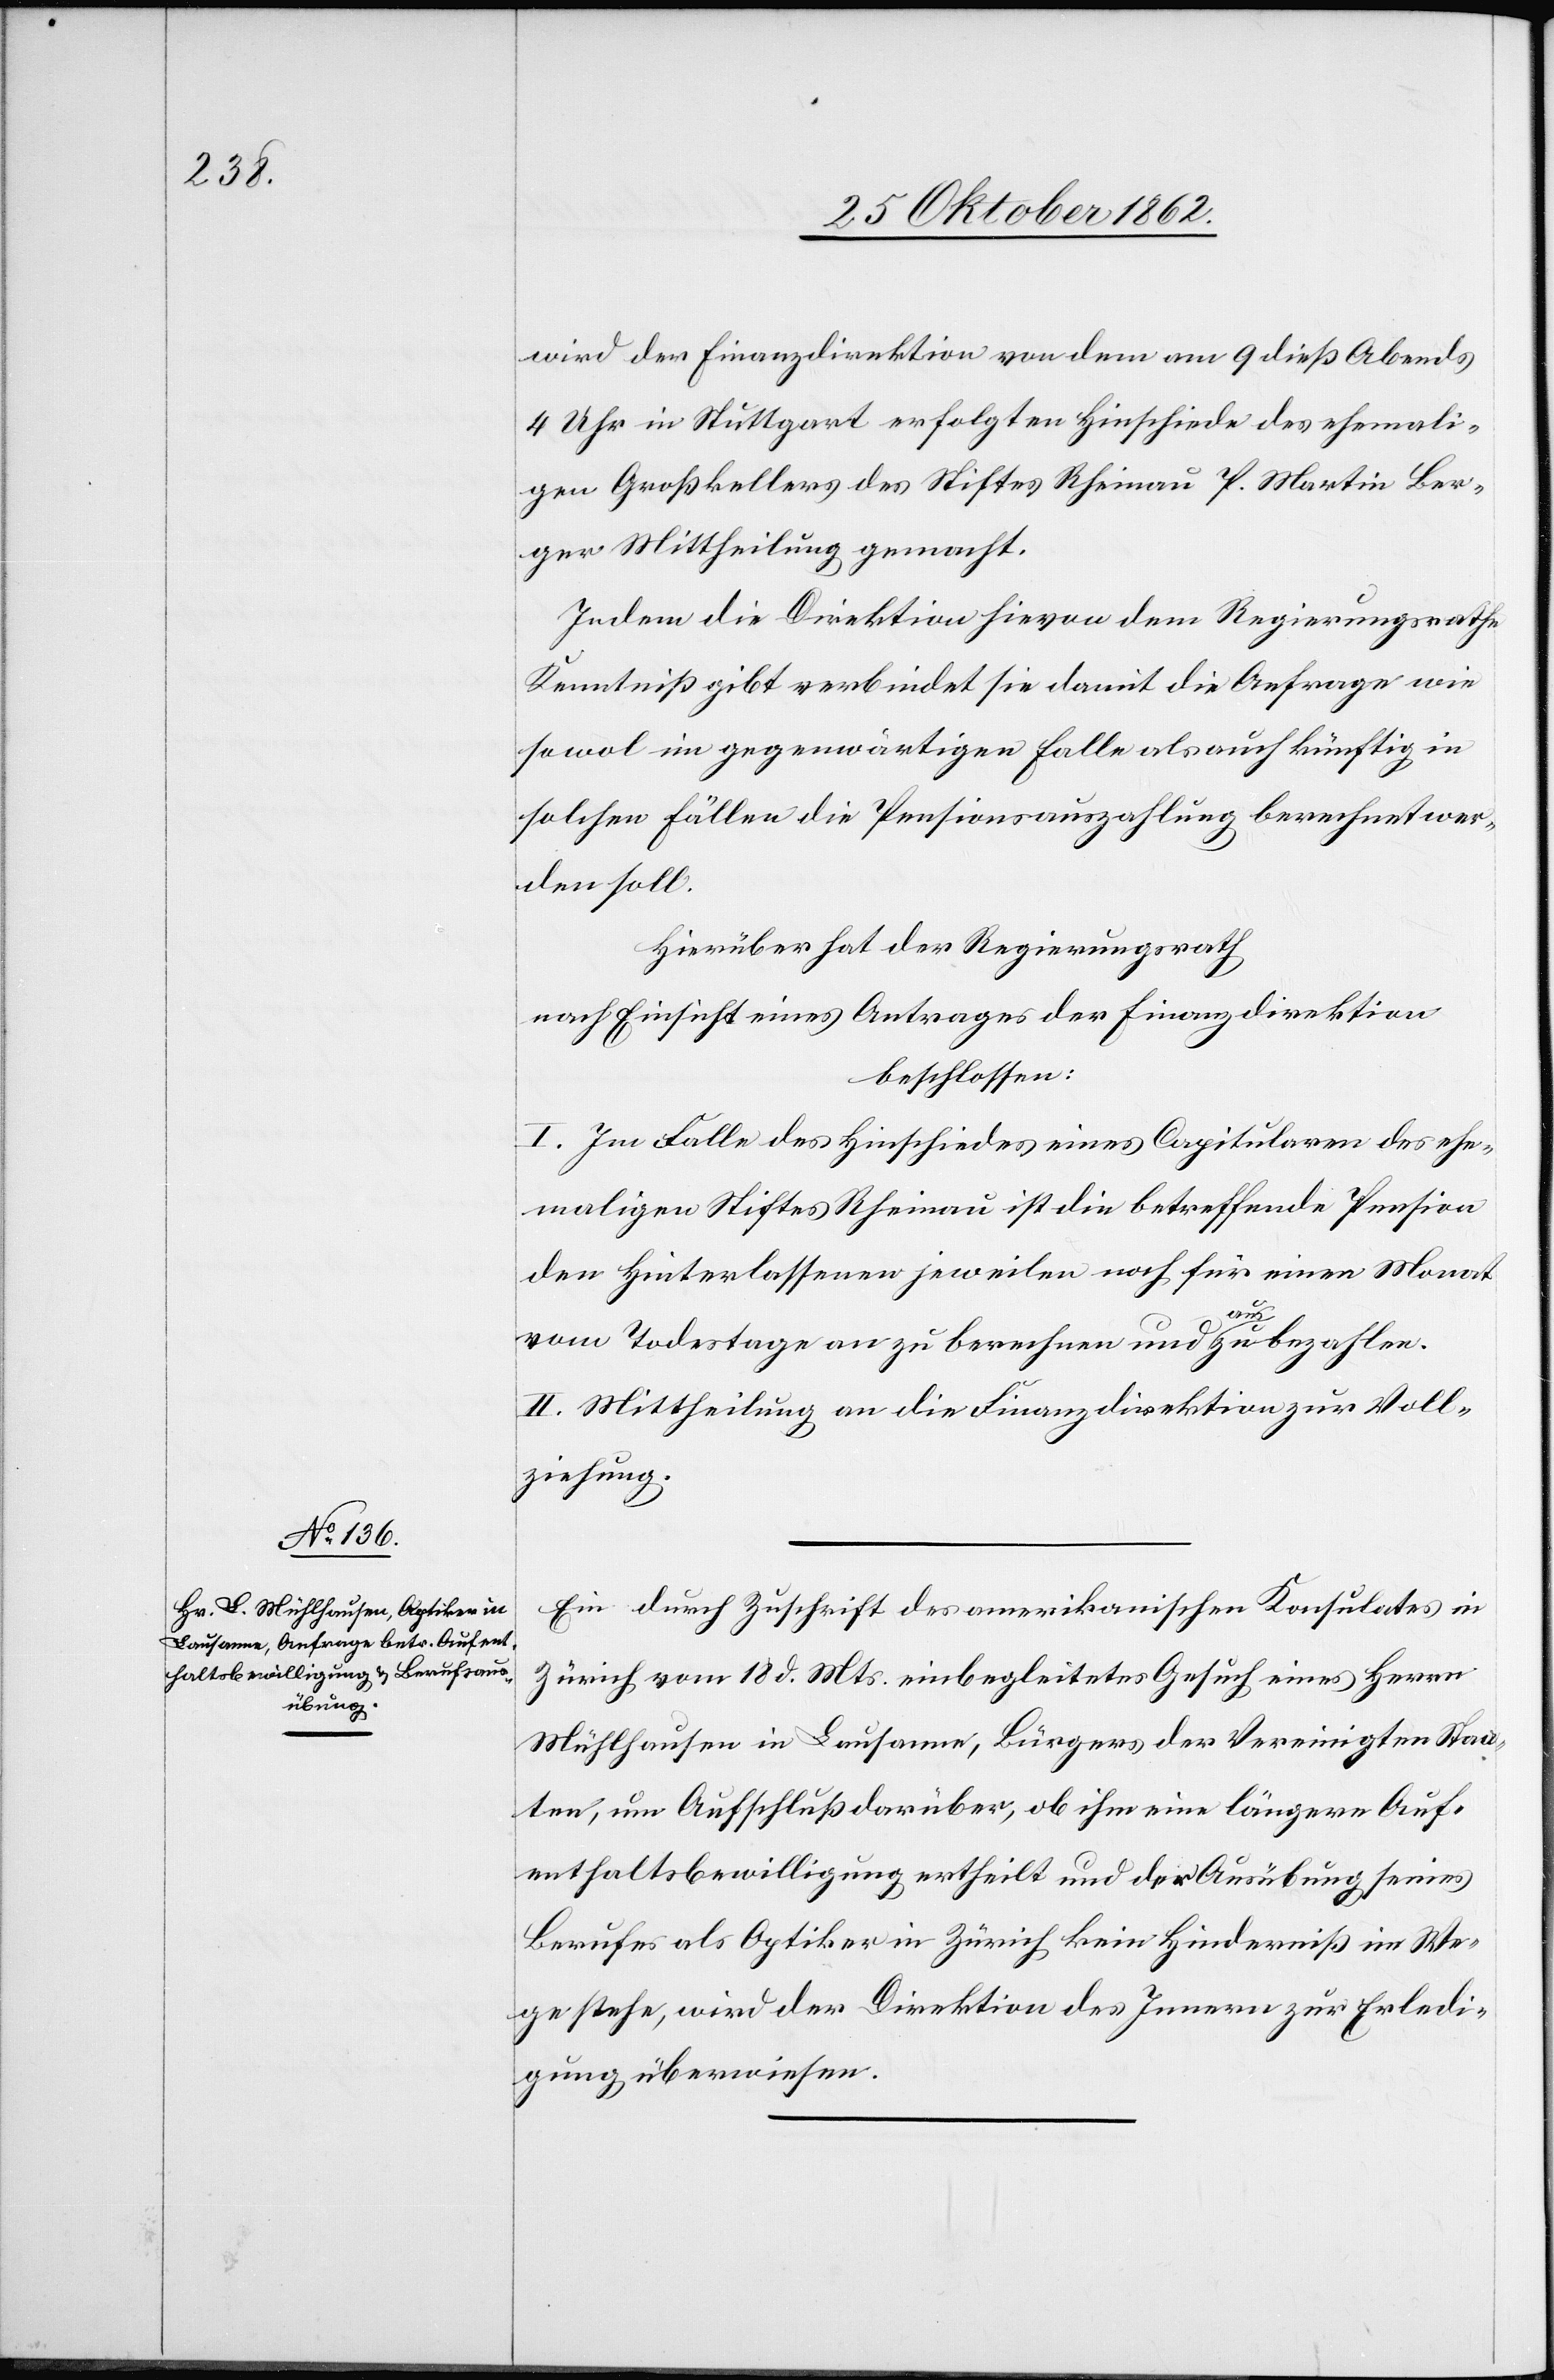
wird der Finanzdirektion von dem am 9 dieß Abends
4 Uhr in Stuttgart erfolgten Hinschiede des ehemali¬
gen Großkellers des Stiftes Rheinau P. Martin Ber¬
ger Mittheilung gemacht.
Indem die Direktion hievon dem Regierungsrathe
Kenntniß gibt verbindet sie damit die Anfrage wie
sowol im gegenwärtigen Falle als auch künftig in
solchen Fällen die Pensionsauszahlung berechnet wer¬
den soll.
Hierüber hat der Regierungsrath
nach Einsicht eines Antrages der Finanzdirektion
beschlossen:
I. Im Falle des Hinschiedes eines Capitularen des ehe¬
maligen Stiftes Rheinau ist die betreffende Pension
den Hinterlassenen jeweilen noch für einen Monat
vom Todestage an zu berechnen und auszubezahlen.
II. Mittheilung an die Finanzdirektion zur Voll¬
ziehung.
Ein durch Zuschrift des amerikanischen Konsulates in
Zürich vom 18. d. Mts. einbegleitetes Gesuch eines Herrn
Mühlhausen in Lausanne, Bürgers der Vereinigten Staa¬
ten, um Aufschluß darüber, ob ihm eine längere Auf¬
enthaltsbewilligung ertheilt und der Ausübung seines
Berufes als Optiker in Zürich kein Hinderniß im We¬
ge stehe, wird der Direktion des Innern zur Erledi¬
gung überwiesen.